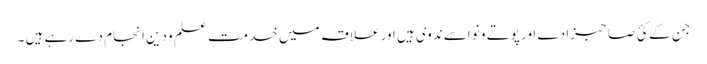
جن کے کئ صاحبزادے اور پوتے و نواسے ندوی ہیں اور علاقہ میں خدمت علم و دین انجام دے رہے ہیں ۔